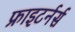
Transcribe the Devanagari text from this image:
फ्राइटर्नर्स